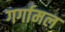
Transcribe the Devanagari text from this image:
गर्गामल